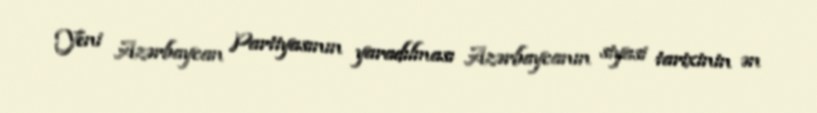
Yeni Azərbaycan Partiyasının yaradılması Azərbaycanın siyasi tarixinin ən